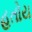
હતોય